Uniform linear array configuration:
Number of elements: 4
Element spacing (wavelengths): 0.75
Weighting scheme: kaiser
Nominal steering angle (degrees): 60
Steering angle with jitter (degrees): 58.926
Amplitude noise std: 0.05
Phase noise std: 0.05

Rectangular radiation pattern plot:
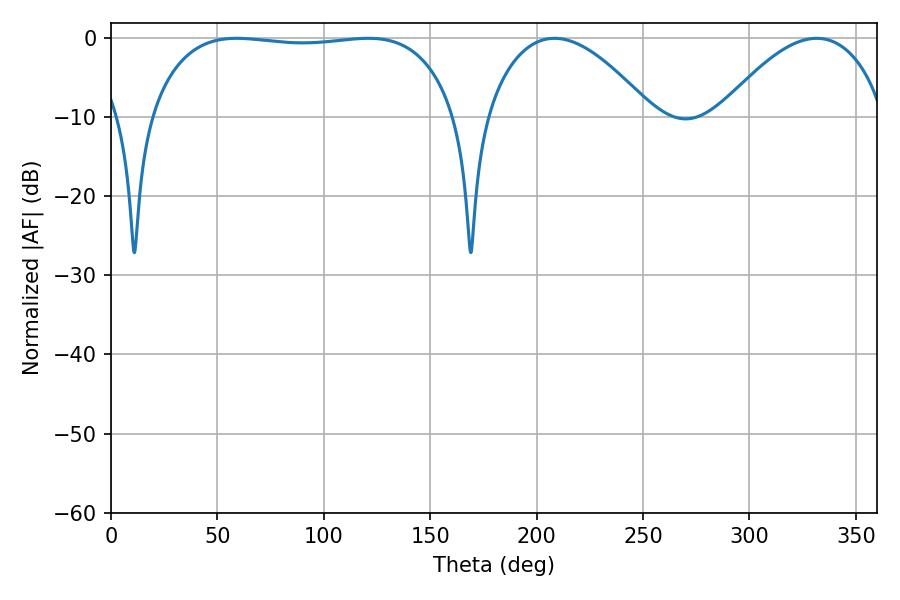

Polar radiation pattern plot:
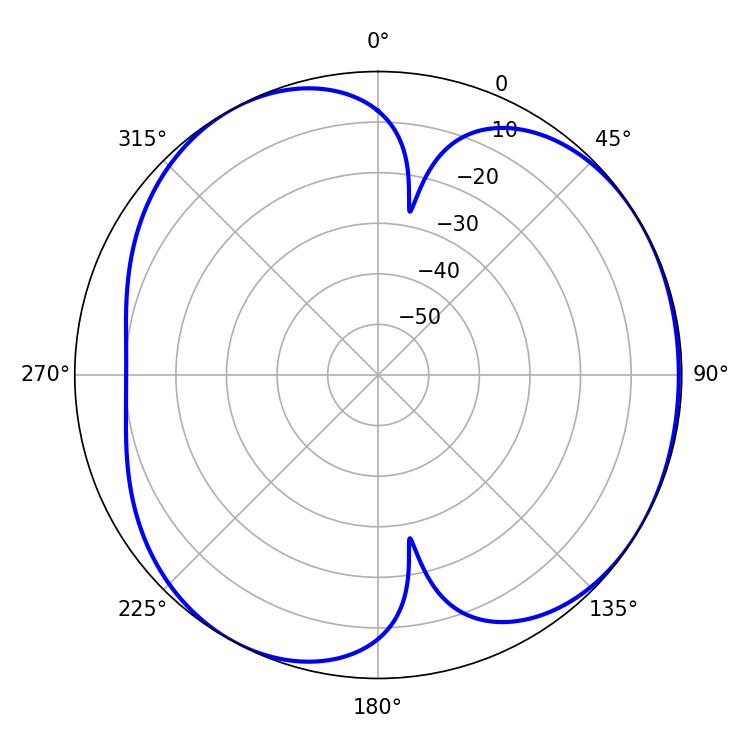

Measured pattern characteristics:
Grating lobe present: TRUE
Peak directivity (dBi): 4.483
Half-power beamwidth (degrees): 114.48
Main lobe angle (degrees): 59.04